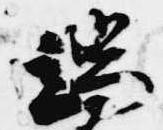
端